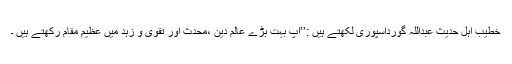
خطیب اہل حدیث عبداللہ گورداسپوری لکھتے ہیں :’’آپ بہت بڑے عالم دین ،محدث اور تقوی و زہد میں عظیم مقام رکھتے ہیں ۔